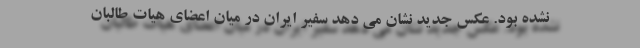
نشده بود. عکس جدید نشان می دهد سفیر ایران در میان اعضای هیات طالبان